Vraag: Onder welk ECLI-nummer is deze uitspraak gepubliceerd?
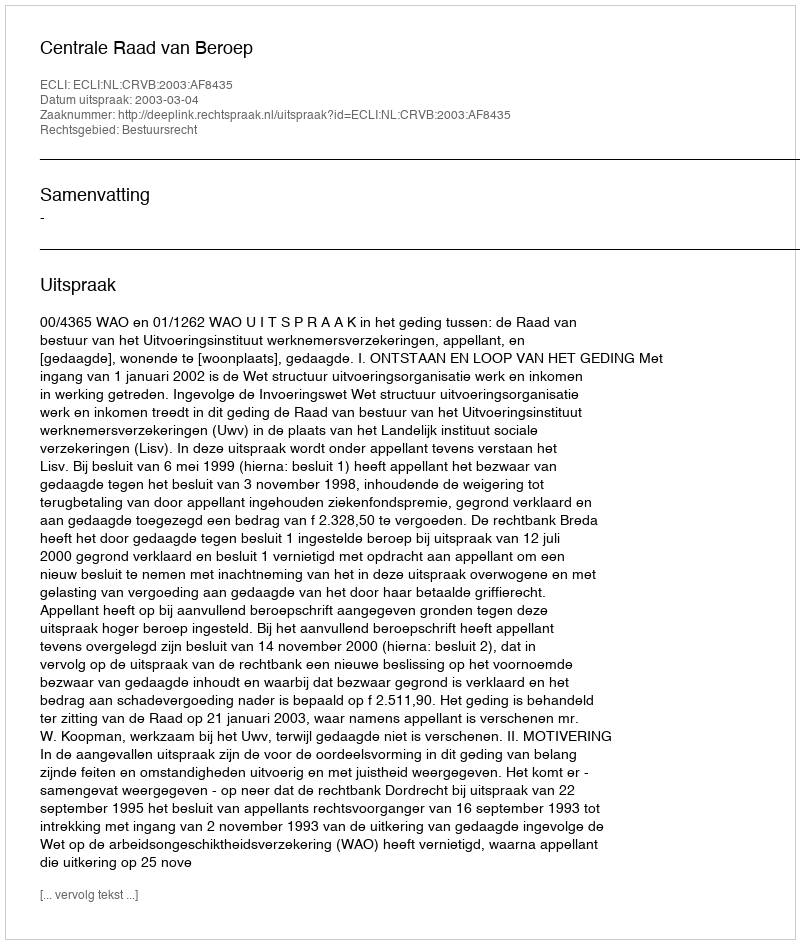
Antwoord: ECLI:NL:CRVB:2003:AF8435